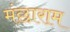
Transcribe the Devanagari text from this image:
मंछाराम